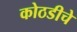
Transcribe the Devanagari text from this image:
कोठडीचे